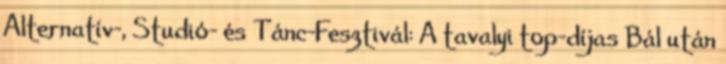
Alternatív-, Studió- és Tánc-Fesztivál: A tavalyi top-díjas Bál után